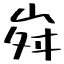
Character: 𡶷